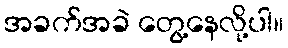
အခက်အခဲ တွေ့နေလို့ပါ။